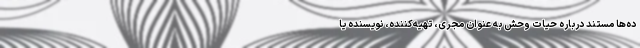
ده‌ها مستند درباره حیات وحش به عنوان مجری، تهیه‌کننده، نویسنده یا